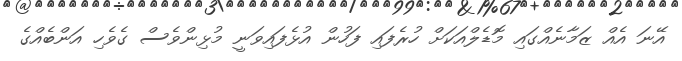
އޭނަ އެއް ޒަމާނެއްގައި މޮޑެލްއަކަށް ހުރެފައި ފަހުން އުޅެފައިވަނީ މުޅިންވެސް ގެވެހި އަންބެއްގެ